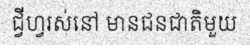
ជ្វីហ្វរស់នៅ មានជនជាតិមួយ